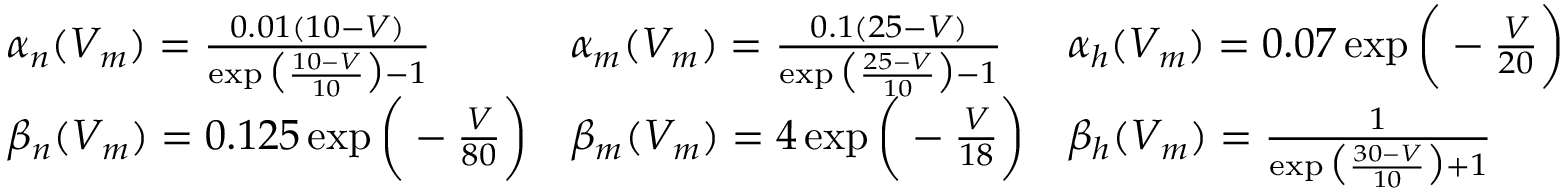
{ \begin{array} { l l l } { \alpha _ { n } ( V _ { m } ) = { \frac { 0 . 0 1 ( 1 0 - V ) } { \exp { \big ( } { \frac { 1 0 - V } { 1 0 } } { \big ) } - 1 } } } & { \alpha _ { m } ( V _ { m } ) = { \frac { 0 . 1 ( 2 5 - V ) } { \exp { \big ( } { \frac { 2 5 - V } { 1 0 } } { \big ) } - 1 } } } & { \alpha _ { h } ( V _ { m } ) = 0 . 0 7 \exp { \bigg ( } - { \frac { V } { 2 0 } } { \bigg ) } } \\ { \beta _ { n } ( V _ { m } ) = 0 . 1 2 5 \exp { \bigg ( } - { \frac { V } { 8 0 } } { \bigg ) } } & { \beta _ { m } ( V _ { m } ) = 4 \exp { \bigg ( } - { \frac { V } { 1 8 } } { \bigg ) } } & { \beta _ { h } ( V _ { m } ) = { \frac { 1 } { \exp { \big ( } { \frac { 3 0 - V } { 1 0 } } { \big ) } + 1 } } } \end{array} }